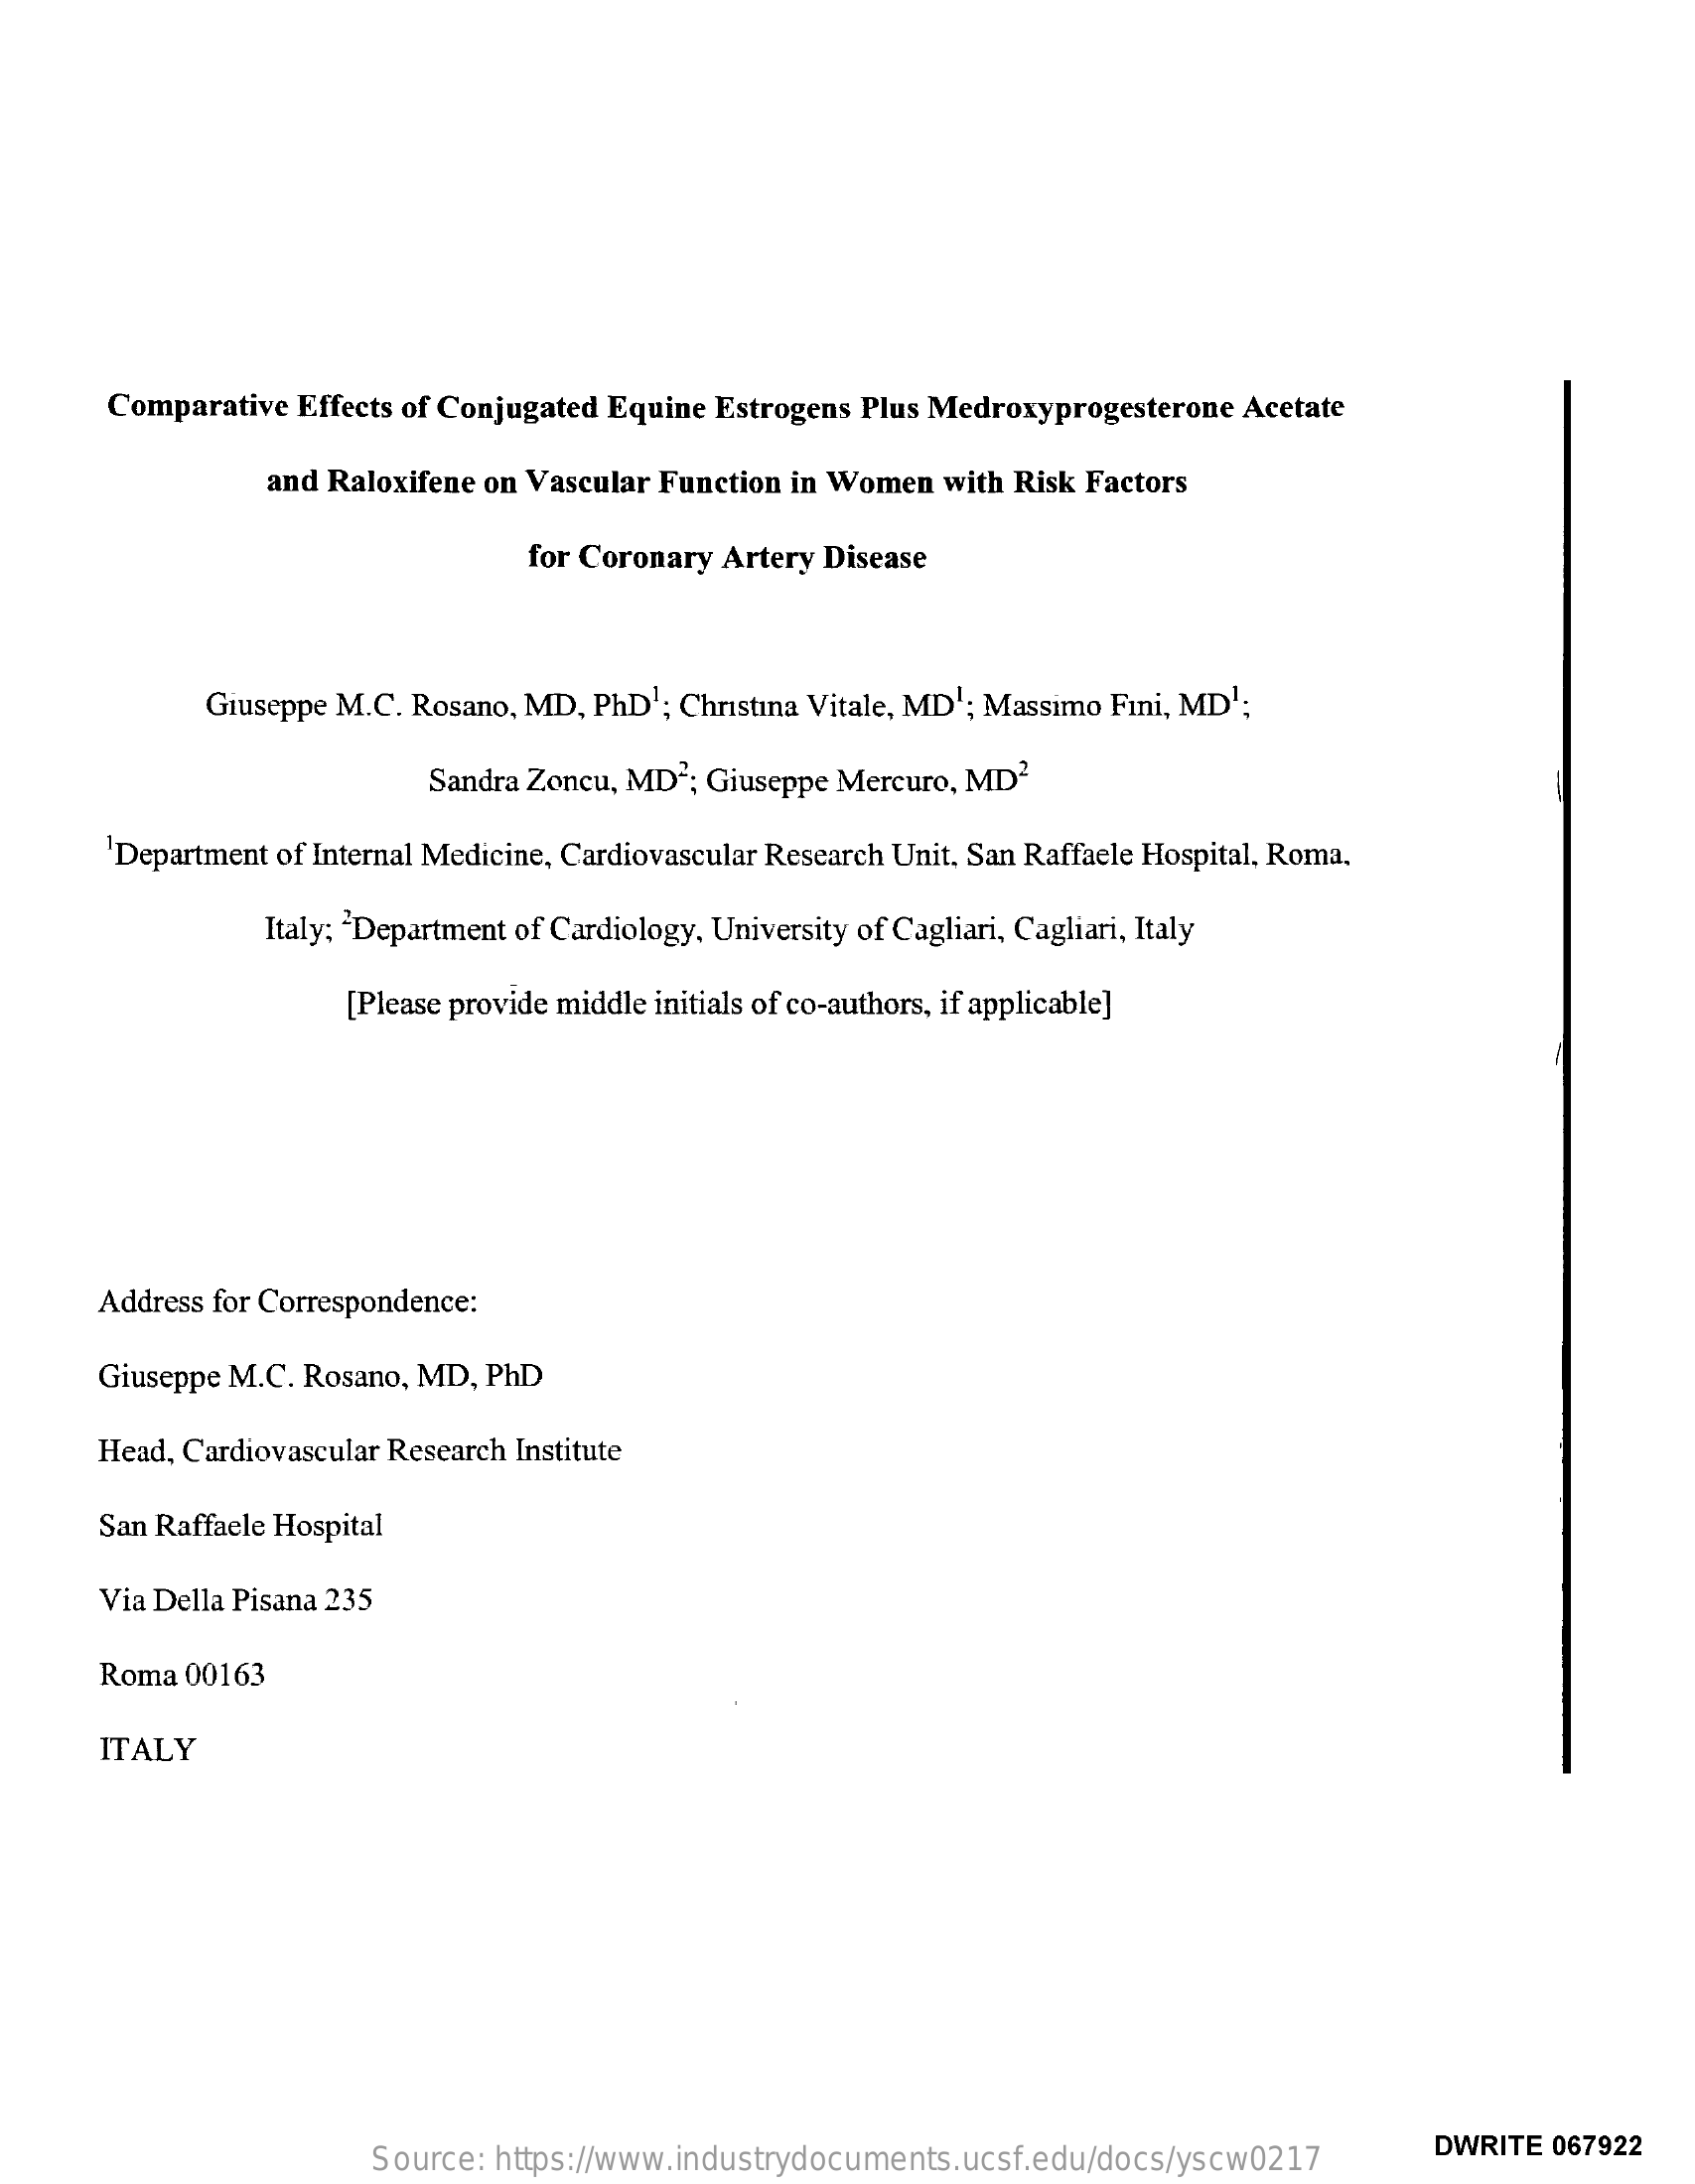
Comparative Effects of Conjugated Equine Estrogens Plus Medroxyprogesterone Acetate
     and Raloxifene on Vascular Function in Women with Risk Factors
     for Coronary Artery Disease
     Giuseppe M.C. Rosano, MD, PhD1; Christina Vitale, MD1; Massimo Fini, MD1;
     Sandra Zoncu, MD2; Giuseppe Mercuro, MD2
     'Department of Internal Medicine, Cardiovascular Research Unit, San Raffaele Hospital, Roma.
     Italy; "Department of Cardiology, University of Cagliari, Cagliari, Italy
     [Please provide middle initials of co-authors, if applicable]
     Address for Correspondence:
     Giuseppe M.C. Rosano, MD, PhD
     Head, Cardiovascular Research Institute
     San Raffaele Hospital
     Via Della Pisana 235
     Roma 00163
     ITALY
     Source: https://www.industrydocuments.ucsf.edu/docs/yscw0217
     DWRITE 067922